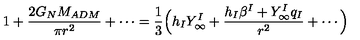
1 + { \frac { 2 G _ { N } M _ { A D M } } { \pi r ^ { 2 } } } + \cdots = { \frac { 1 } { 3 } } \Big ( h _ { I } Y _ { \infty } ^ { I } + { \frac { h _ { I } \beta ^ { I } + Y _ { \infty } ^ { I } q _ { I } } { r ^ { 2 } } } + \cdots \Big )